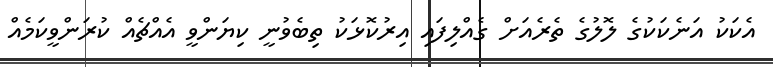
އެކަކު އަނެކަކުގެ ލޮލުގެ ތެރެއަށް ގެއްލިފައި އިރުކޮޅަކު ތިބެވުނީ ކިޔަންވީ އެއްޗެއް ކުރަންވީކަމެއް